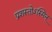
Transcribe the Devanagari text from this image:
प्रशस्तोऽस्मिन्